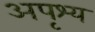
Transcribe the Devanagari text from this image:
अपृश्‍य